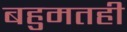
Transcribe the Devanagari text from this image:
बहुमतही